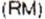
(RM)